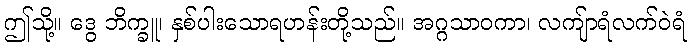
ဤသို့။ ဒွေ ဘိက္ခူ၊ နှစ်ပါးသောရဟန်းတို့သည်။ အဂ္ဂသာဝကာ၊ လကျ်ာရံလက်ဝဲရံ